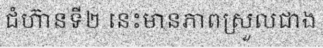
ជំហ៊ានទី២ នេះមានភាពស្រួលជាង